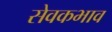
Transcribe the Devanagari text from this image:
सेवकभाव